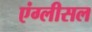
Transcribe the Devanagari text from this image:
एंग्लीसल